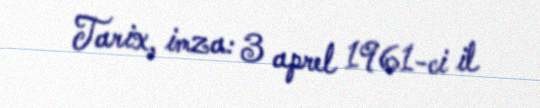
Tarix, imza: 3 aprel 1961-ci il